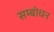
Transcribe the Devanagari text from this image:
सम्‍बोधन